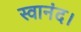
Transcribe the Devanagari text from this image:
स्वानंद।